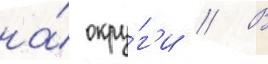
на́ окру́г'и // В